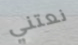
نعتني